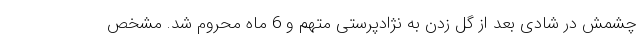
چشمش در شادی بعد از گل زدن به نژادپرستی متهم و 6 ماه محروم شد. مشخص